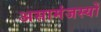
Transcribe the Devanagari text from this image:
असामंजस्यों